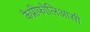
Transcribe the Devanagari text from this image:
कैप्रीफोलिआसी